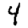
Digit: 4